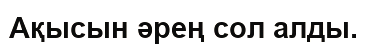
Ақысын әрең сол алды.